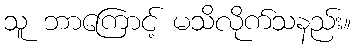
သူ ဘာကြောင့် မသိလိုက်သနည်း။